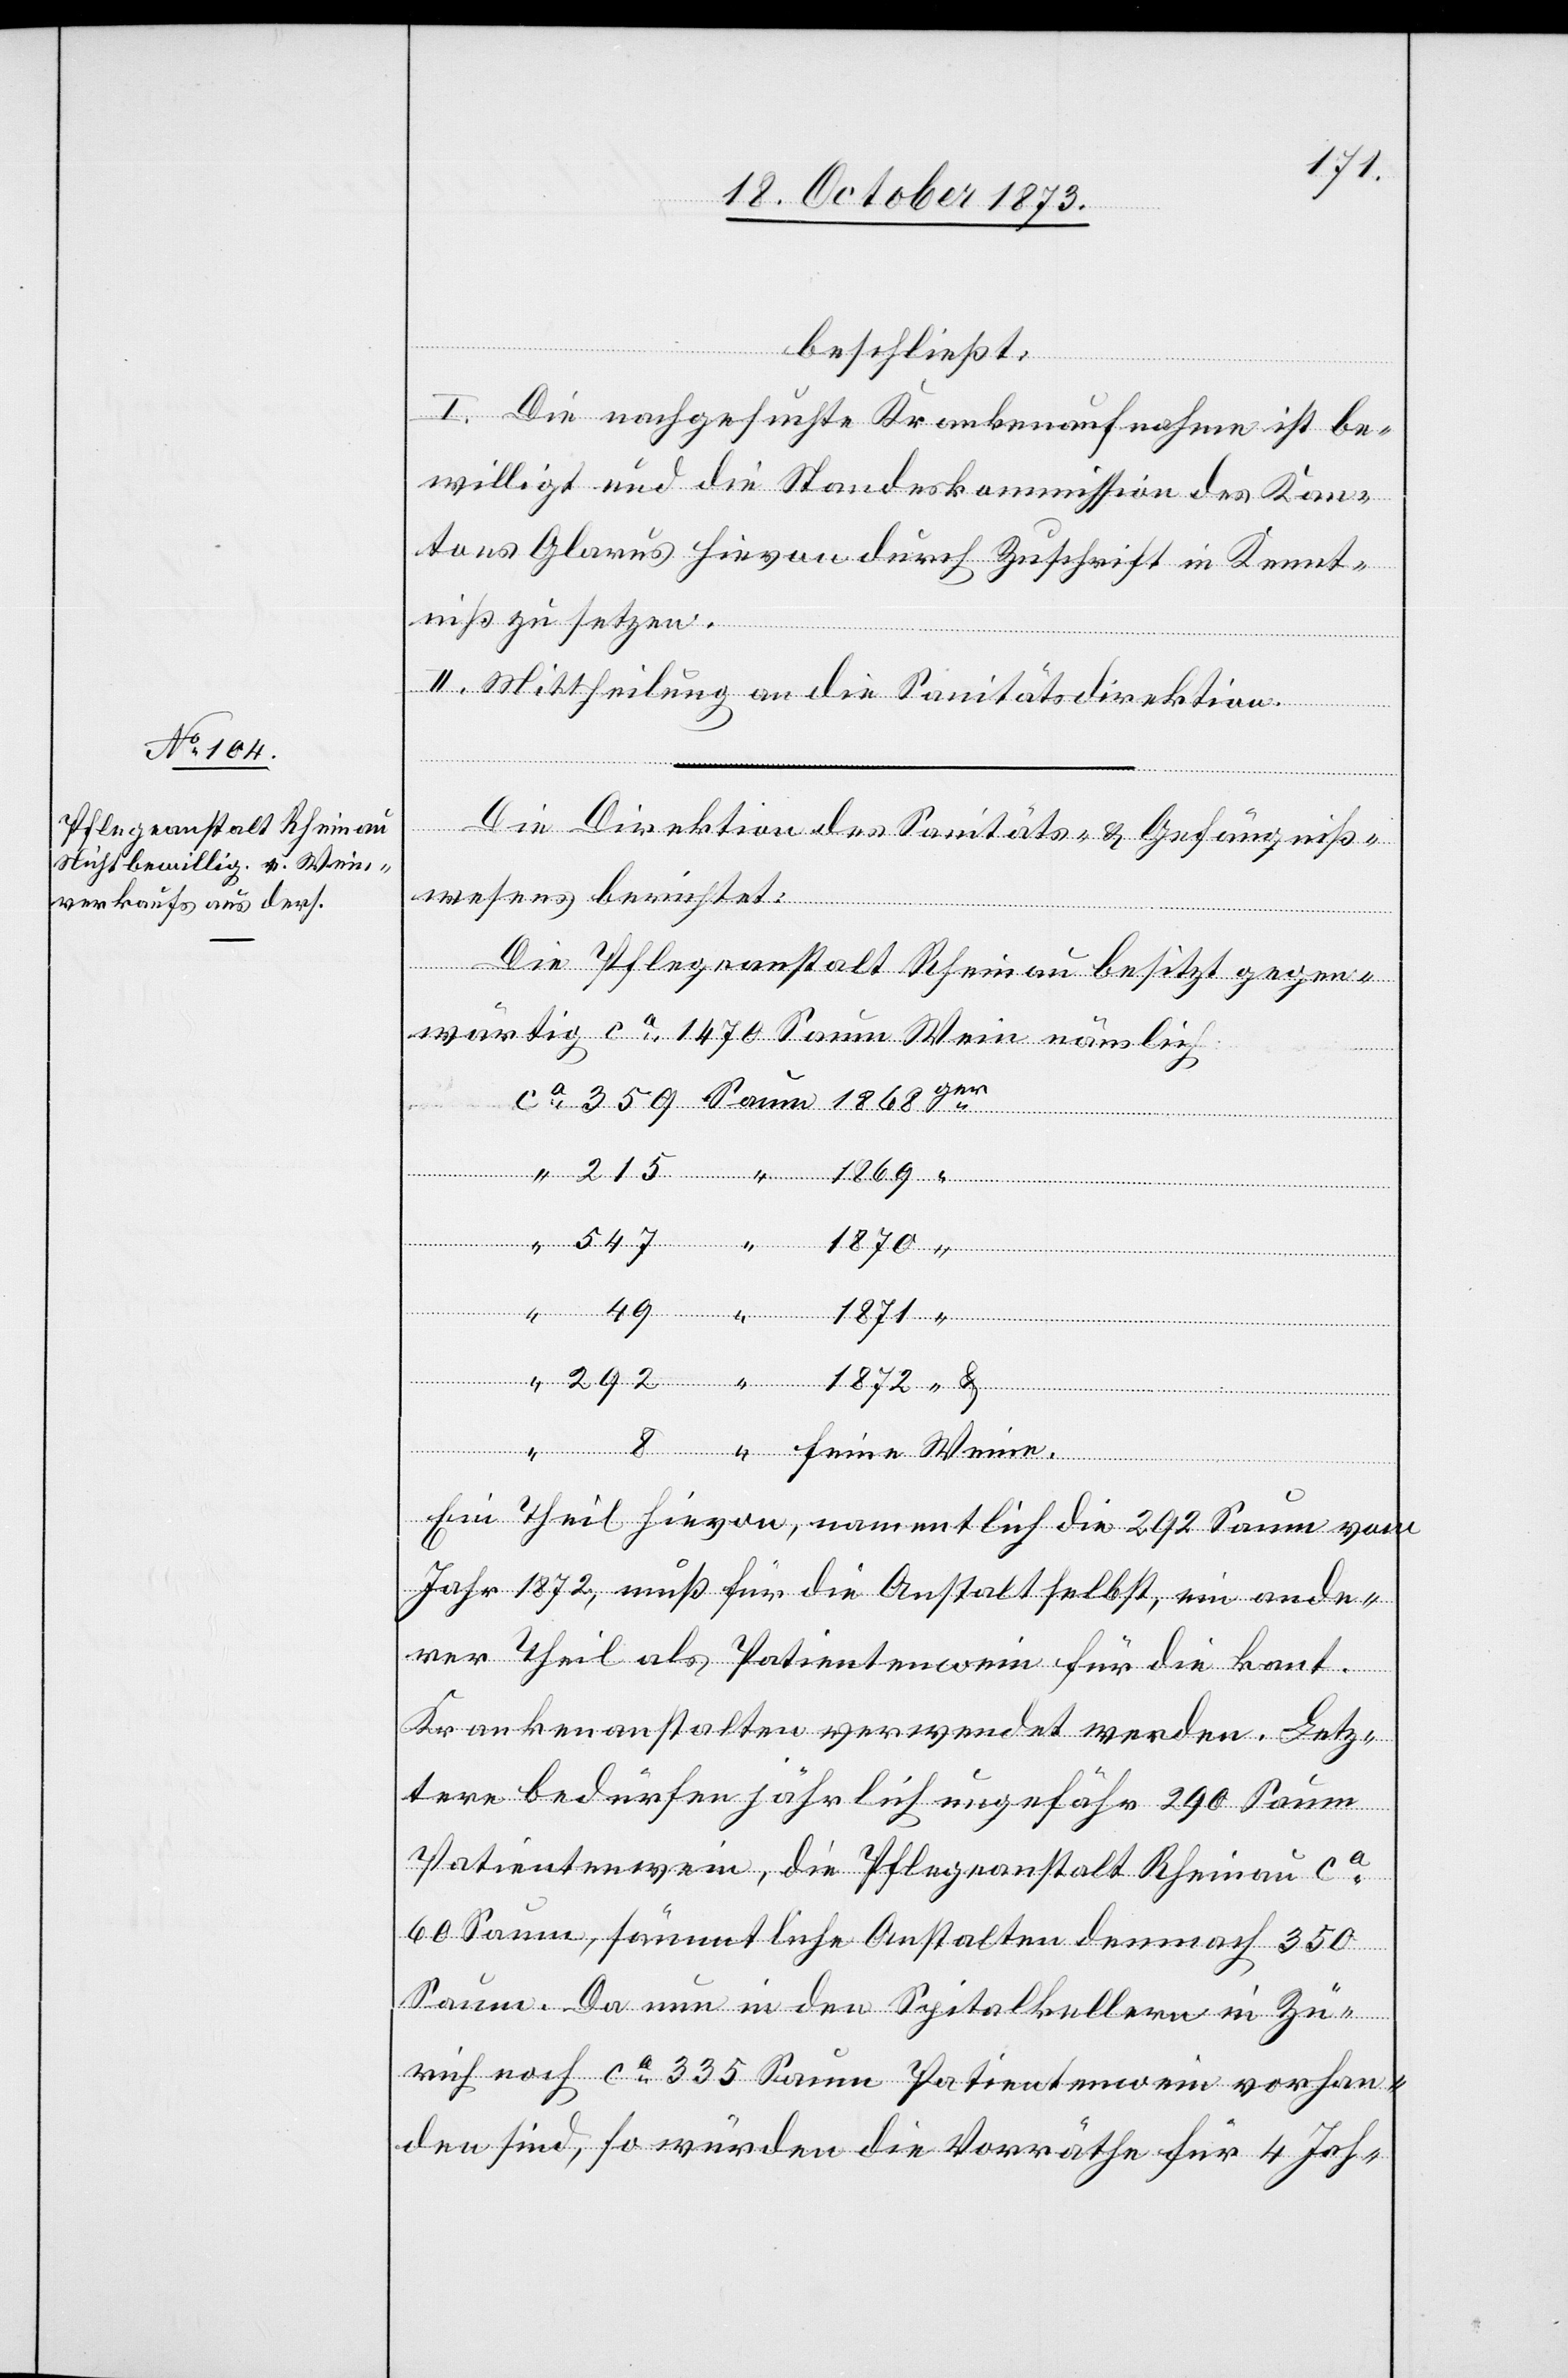
1872
“
beschließt:
I. Die nachgesuchte Krankenaufnahme ist be¬
willigt und die Standeskommission des Kan¬
tons Glarus hievon durch Zuschrift in Kennt¬
niß zu setzen.
II. Mittheilung an die Sanitätsdirektion.
Weine.
Die Direktion des Sanitäts- & Gefängniß¬
wesens berichtet:
Die Pflegeanstalt Rheinau besitzt gegen¬
wärtig ca 1 470 Saum Wein nämlich:
Ein Theil hievon, namentlich die 292 Saum vom
Jahr 1872, muß für die Anstalt selbst, ein ande¬
rer Theil als Patientenwein für die kant.
Krankenanstalten verwendet werden. Letz¬
tere bedürfen jährlich ungefähr 290 Saum
Patientenwein, die Pflegeanstalt Rheinau ca
60 Saum, sämmtliche Anstalten demnach 350
Saum. Da nun in den Spitalkellern in Zü¬
rich noch ca 335 Saum Patientenwein vorhan¬
den sind, so würden die Vorräthe für 4 Jah-